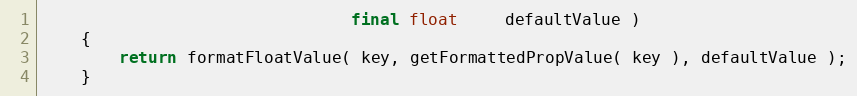
Language: Java
                                final float     defaultValue )
    {
        return formatFloatValue( key, getFormattedPropValue( key ), defaultValue );
    }